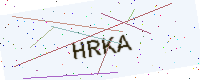
Text: HRKA